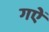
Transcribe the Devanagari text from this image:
गऐं